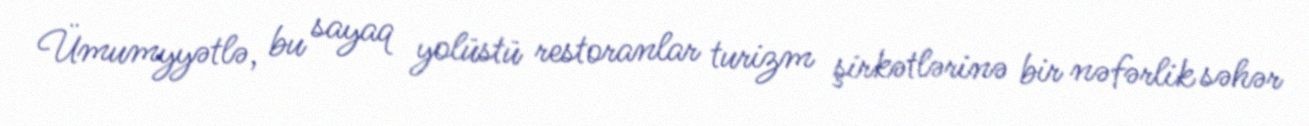
Ümumyyətlə, bu sayaq yolüstü restoranlar turizm şirkətlərinə bir nəfərlik səhər